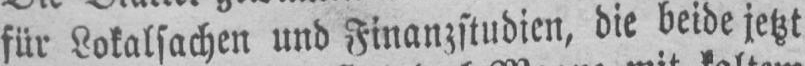
für Lokalsachen und Finanzstudien, die beide jetzt